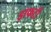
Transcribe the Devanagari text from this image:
ड्राफटी